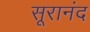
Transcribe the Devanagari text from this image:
सूरानंद